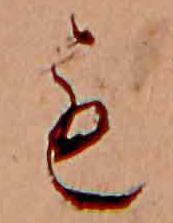
も